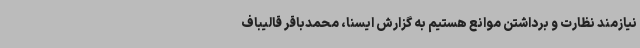
نیازمند نظارت و برداشتن موانع هستیم به گزارش ایسنا، محمدباقر قالیباف